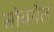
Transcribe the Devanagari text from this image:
सोवयेत